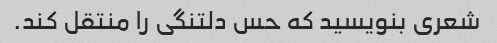
شعری بنویسید که حس دلتنگی را منتقل کند.